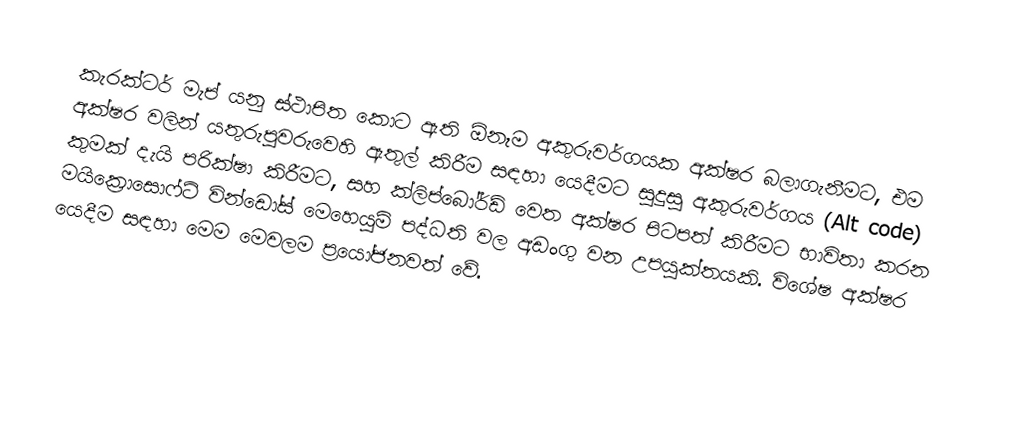
කැරක්ටර් මැප් යනු ස්ථාපිත කොට ඇති ඕනෑම අකුරුවර්ගයක අක්ෂර බලාගැනීමට, එම අක්ෂර වලින් යතුරුපුවරුවෙහි ඇතුල් කිරීම සඳහා යෙදීමට සුදුසු අකුරුවර්ගය (Alt code) කුමක් දැයි පරික්ෂා කිරීමට, සහ ක්ලිප්බෝර්ඩ් වෙත අක්ෂර පිටපත් කිරීමට භාවිතා කරන මයික්‍රොසොෆ්ට් වින්ඩෝස් මෙහෙයුම් පද්ධති වල අඩංගු වන උපයුක්තයකි. විශේෂ අක්ෂර යෙදීම සඳහා මෙම මෙවලම ප්‍රයෝජනවත් වේ.